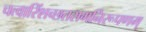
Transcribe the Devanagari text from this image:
चत्वारिंशच्छतरागनिरूपणम्‌